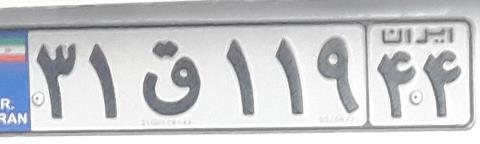
۳۱ق۱۱۹۴۴